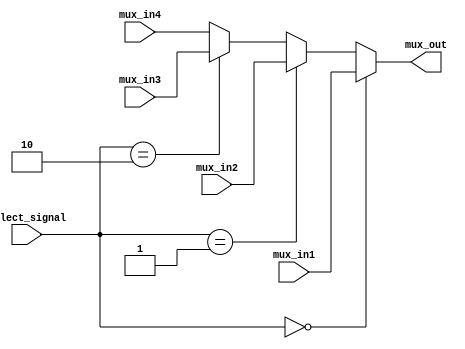
module Mux4_1(mux_in1, mux_in2, mux_in3, mux_in4, select_signal, mux_out);
    input [31:0] mux_in1; 
    input [31:0] mux_in2; 
    input [31:0] mux_in3; 
    input [31:0] mux_in4; 

    input [1:0] select_signal;
    output [31:0] mux_out;

    assign mux_out = (select_signal == 2'b00) ? mux_in1 : (select_signal == 2'b01 ? mux_in2 : (select_signal == 2'b10 ? mux_in3 : mux_in4));

endmodule